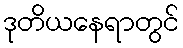
ဒုတိယနေရာတွင်